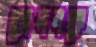
কোলনকে